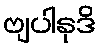
ဗျပါနုဒိ